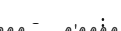
-      :